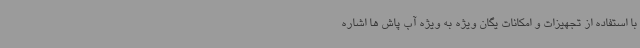
با استفاده از تجهیزات و امکانات یگان ویژه به ویژه آب پاش ها اشاره